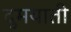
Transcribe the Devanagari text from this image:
दुमयाती